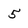
Character: 5